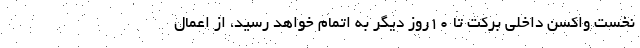
نخست واکسن داخلی برکت تا ۱۰روز دیگر به اتمام خواهد رسید، از اعمال